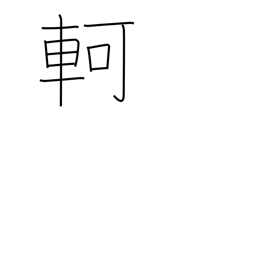
Meaning: difficult progress